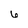
Character: 6